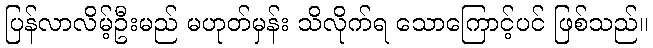
ပြန်လာလိမ့်ဦးမည် မဟုတ်မှန်း သိလိုက်ရ သောကြောင့်ပင် ဖြစ်သည်။